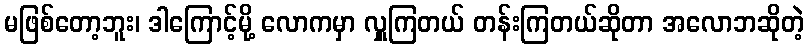
မဖြစ်တော့ဘူး၊ ဒါကြောင့်မို့ လောကမှာ လှူကြတယ် တန်းကြတယ်ဆိုတာ အလောဘဆိုတဲ့